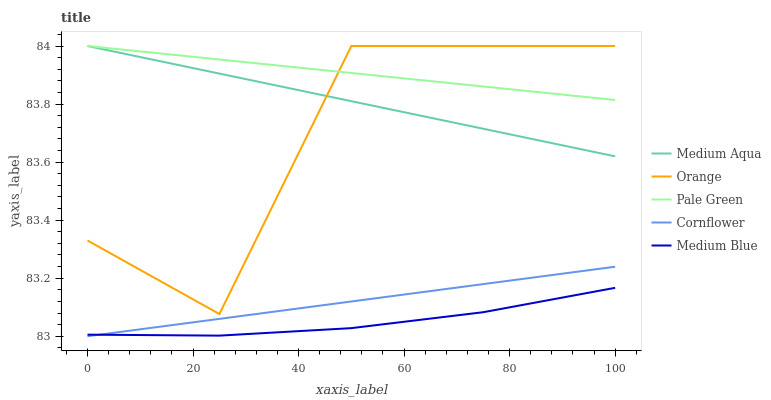
| xaxis_label | Medium Aqua | Orange | Pale Green | Cornflower | Medium Blue |
 | --- | --- | --- | --- | --- | --- |
 | 0 | 84 | 83.3 | 84 | 83 | 83 |
 | 25 | 83.9 | 83.1 | 84 | 83.1 | 83 |
 | 50 | 83.8 | 84 | 83.9 | 83.1 | 83 |
 | 75 | 83.7 | 84 | 83.9 | 83.2 | 83.1 |
 | 100 | 83.6 | 84 | 83.8 | 83.2 | 83.2 |